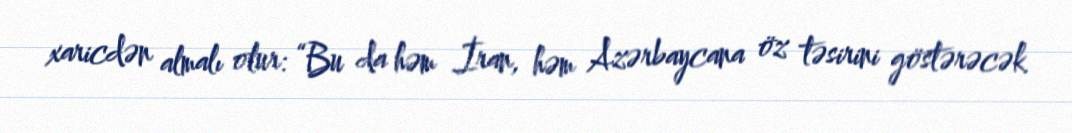
xaricdən almalı olur: “Bu da həm İran, həm Azərbaycana öz təsirini göstərəcək.